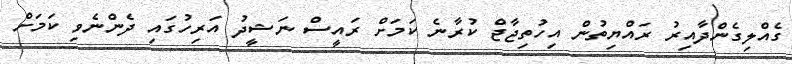
ގެއްލިގެންދާއިރު ރައްޔިތުން އިހުތިޖާޖް ކުރާނެ ކަމަށް ރައީސް ނަޝީދު އަރިހުގައި ދެންނެވި ކަމަށް